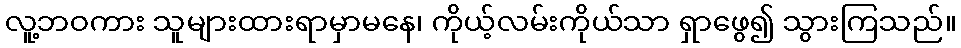
လူ့ဘဝကား သူများထားရာမှာမနေ၊ ကိုယ့်လမ်းကိုယ်သာ ရှာဖွေ၍ သွားကြသည်။